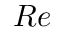
R e